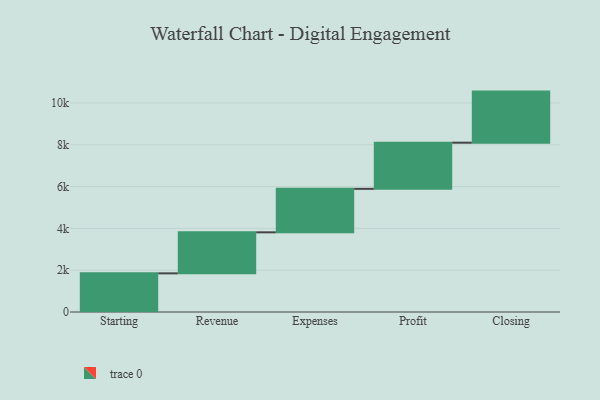
{"axis": {"x": "Step", "y": "Value"}, "legend": [""], "data": [{"x": "Starting", "y": 1849.0, "type": ""}, {"x": "Revenue", "y": 1962.0, "type": ""}, {"x": "Expenses", "y": 2080.0, "type": ""}, {"x": "Profit", "y": 2208.0, "type": ""}, {"x": "Closing", "y": 2444.0, "type": ""}]}